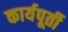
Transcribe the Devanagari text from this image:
कार्यपूर्ती